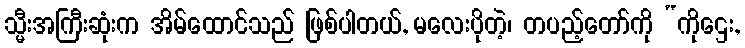
သ္မီးအကြီးဆုံးက အိမ်ထောင်သည် ဖြစ်ပါတယ်, မလေးပိုတဲ့၊ တပည့်တော်ကို “ကိုဌေး,